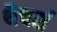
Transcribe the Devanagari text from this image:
थैचर्स